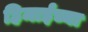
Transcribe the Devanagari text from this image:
हिमाईच्या